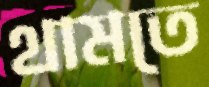
থামতে